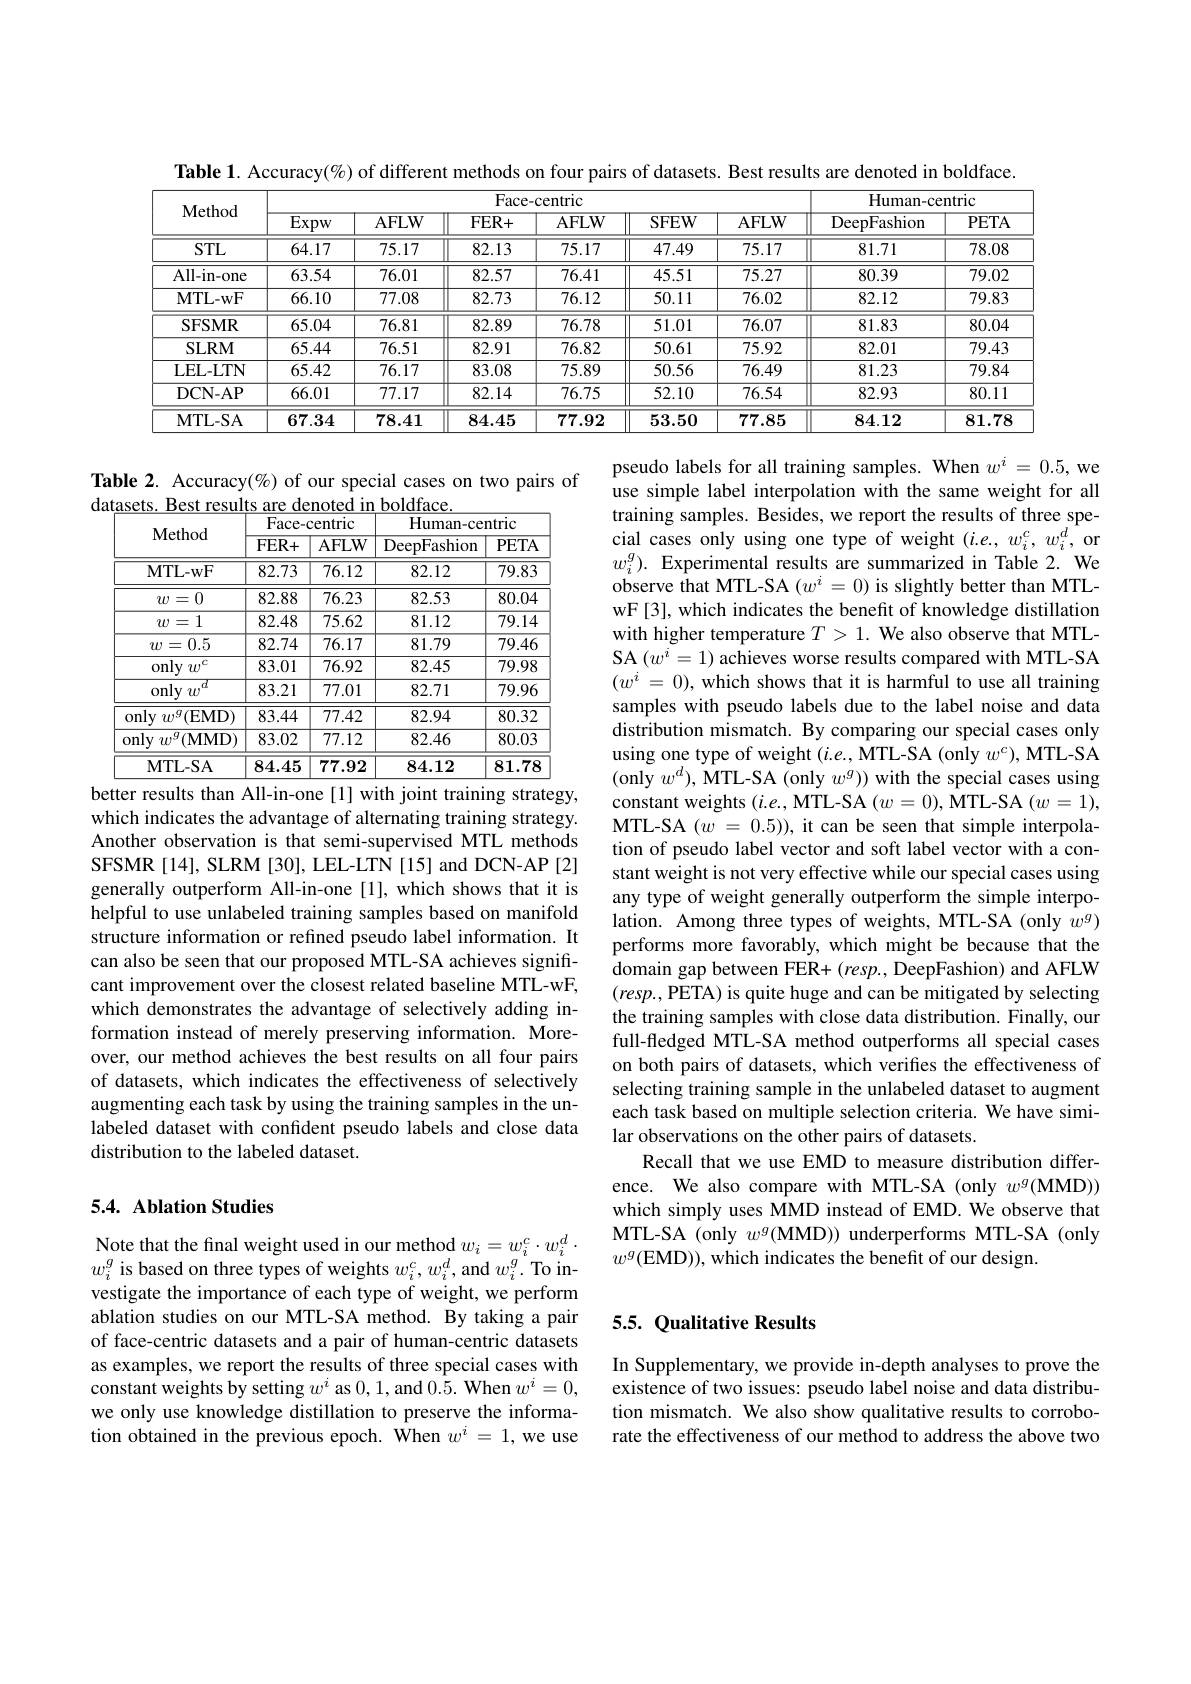
Table 1. Accuracy(%) of different methods on four pairs of datasets. Best results are denoted in boldface.
<table>
	<tbody>
		<tr>
			<th rowspan="2">$\mathbf{Method}$</th>
			<th colspan="6">Face- centric</th>
			<th colspan="2">Human-centric</th>
		</tr>
		<tr>
			<th>$\overline{\mathrm{Expw}}$</th>
			<th>AFLW</th>
			<th>$FER+$</th>
			<th>AFLW</th>
			<th>SFEW</th>
			<th>AFLW</th>
			<th>DeepFashion</th>
			<th>$PETA$</th>
		</tr>
		<tr>
			<td>STL</td>
			<td>64.17</td>
			<td>75.17</td>
			<td>82.13</td>
			<td>75.17</td>
			<td>47.49</td>
			<td>75.17</td>
			<td>81.71</td>
			<td>78.08</td>
		</tr>
		<tr>
			<td>All- in- one</td>
			<td>63.54</td>
			<td>76.01</td>
			<td>82.57</td>
			<td>76.41</td>
			<td>45.51</td>
			<td>75.27</td>
			<td>80.39</td>
			<td>79.02</td>
		</tr>
		<tr>
			<td>MTL- wF</td>
			<td>66.10</td>
			<td>77.08</td>
			<td>82.73</td>
			<td>76.12</td>
			<td>50.11</td>
			<td>76.02</td>
			<td>82.12</td>
			<td>79.83</td>
		</tr>
		<tr>
			<td>SFSMR</td>
			<td>65.04</td>
			<td>76.81</td>
			<td>82.89</td>
			<td>76.78</td>
			<td>51.01</td>
			<td>76.07</td>
			<td>81.83</td>
			<td>80.04</td>
		</tr>
		<tr>
			<td>SLRM</td>
			<td>65.44</td>
			<td>76.51</td>
			<td>82.91</td>
			<td>76.82</td>
			<td>50.61</td>
			<td>75.92</td>
			<td>82.01</td>
			<td>79.43</td>
		</tr>
		<tr>
			<td>LEL- LTN</td>
			<td>65.42</td>
			<td>76.17</td>
			<td>83.08</td>
			<td>75.89</td>
			<td>50.56</td>
			<td>76.49</td>
			<td>81.23</td>
			<td>79.84</td>
		</tr>
		<tr>
			<td>DCN- AP</td>
			<td>66.01</td>
			<td>77.17</td>
			<td>82.14</td>
			<td>76.75</td>
			<td>52.10</td>
			<td>76.54</td>
			<td>82.93</td>
			<td>80.11</td>
		</tr>
		<tr>
			<td>$\mathbf{MTL-SA}$</td>
			<td>67.34</td>
			<td>78.41</td>
			<td>84.45</td>
			<td>77.92</td>
			<td>53.50</td>
			<td>77.85</td>
			<td>84.12</td>
			<td>$81.7\varepsilon$</td>
		</tr>
	</tbody>
</table>

Table 2. Accuracy(%) of our special cases on two pairs of
<table>
	<tbody>
		<tr>
			<th rowspan="2">Method</th>
			<th colspan="2">Face-centric</th>
			<th colspan="2">Human-centric</th>
		</tr>
		<tr>
			<th>$FER+$</th>
			<th>AFLW</th>
			<th>DeepFashion</th>
			<th>PETA</th>
		</tr>
		<tr>
			<td>MTL- wF</td>
			<td>82.73</td>
			<td>76.12</td>
			<td>82.12</td>
			<td>79.83</td>
		</tr>
		<tr>
			<td>$w=0$</td>
			<td>82.88</td>
			<td>76.23</td>
			<td>82.53</td>
			<td>80.04</td>
		</tr>
		<tr>
			<td>$w=1$</td>
			<td>82.48</td>
			<td>75.62</td>
			<td>81.12</td>
			<td>79.14</td>
		</tr>
		<tr>
			<td>=0.5 $w=$</td>
			<td>82.74</td>
			<td>76.17</td>
			<td>81.79</td>
			<td>79.46</td>
		</tr>
		<tr>
			<td>only $\iota$ $w^{c}$</td>
			<td>83.01</td>
			<td>76.92</td>
			<td>82.45</td>
			<td>79.98</td>
		</tr>
		<tr>
			<td>only TATT</td>
			<td>83.21</td>
			<td>77.01</td>
			<td>82.71</td>
			<td>79.96</td>
		</tr>
		<tr>
			<td>${\mathrm{only~}}w^{g}({\mathrm{EMD}})$</td>
			<td>83.44</td>
			<td>77.42</td>
			<td>82.94</td>
			<td>80.32</td>
		</tr>
		<tr>
			<td>${\mathrm{only~}}w^{g}({\mathrm{MMD}})$</td>
			<td>83.02</td>
			<td>77.12</td>
			<td>82.46</td>
			<td>80.03</td>
		</tr>
		<tr>
			<td>$\mathbf{MTL-SA}$</td>
			<td>84.45</td>
			<td>77.92</td>
			<td>84.12</td>
			<td>81.78</td>
		</tr>
	</tbody>
</table>

better results than All-in-one [1] with joint training strategy,

pseudo labels for all training samples. When $w^i=0.5$, we use simple label interpolation with the same weight for all training samples. Besides, we report the results of three special cases only using one type of weight $(i.e.,w_{i}^{c},w_{i}^{d}$, or $w_{i}^{g}).$ Experimental results are summarized in Table 2. We observe that MTL-SA $(w^i=0)$ is slightly better than MTLwF[3], which indicates the benefit of knowledge distillation with higher temperature $T>1.$ We also observe that MTLSA $(w^i=1)$ achieves worse results compared with MTL-SA $(w^i=0)$, which shows that it is harmful to use all training samples with pseudo labels due to the label noise and data distribution mismatch. By comparing our special cases only using one type of weight $(i.e.$, MTL-SA (only $w^c)$, MTL-SA (only $w^d)$, MTL-SA (only $w^g))$ with the special cases using constant weights $(i.e.$, MTL-SA $(w=0)$, MTL-SA $(w=1)$, MTL-SA $(w=0.5))$, it can be seen that simple interpolation of pseudo label vector and soft label vector with a constant weight is not very effective while our special cases using any type of weight generally outperform the simple interpolation. Among three types of weights, MTL-SA (only $w^g)$ performs more favorably, which might be because that the domain gap between FER+ $(resp.$, DeepFashion) and AFLW $(resp.$,PETA) is quite huge and can be mitigated by selecting the training samples with close data distribution. Finally, our full-fledged MTL-SA method outperforms all special cases on both pairs of datasets, which verifies the effectiveness of selecting training sample in the unlabeled dataset to augment each task based on multiple selection criteria. We have similar observations on the other pairs of datasets.
Recall that we use EMD to measure distribution difference. We also compare with MTL-SA (only $w^g(\mathbf{MMD}))$ which simply uses MMD instead of EMD. We observe that MTL-SA (only $w^g($MMD)) underperforms MTL-SA (only $w^g($EMD)), which indicates the benefit of our design.

which indicates the advantage of alternating training strategy. Another observation is that semi-supervised MTL methods SFSMR [14], SLRM [30], LEL-LTN [15] and DCN-AP [2] generally outperform All-in-one[1], which shows that it is helpful to use unlabeled training samples based on manifold structure information or refined pseudo label information. It can also be seen that our proposed MTL-SA achieves signifrcant improvement over the closest related baseline MTL-wF, which demonstrates the advantage of selectively adding information instead of merely preserving information. Moreover, our method achieves the best results on all four pairs of datasets, which indicates the effectiveness of selectively augmenting each task by using the training samples in the unlabeled dataset with confident pseudo labels and close data distribution to the labeled dataset.

## 5.4. Ablation Studies

## 5.5. Qualitative Results

Note that the final weight used in our method $w_i=w_i^c\cdot w_i^d\cdot$ $w_{i}^{g}$ is based on three types of weights $w_i^c,w_i^d$,and $w_i^g.$ To investigate the importance of each type of weight, we perform ablation studies on our MTL-SA method. By taking a pair of face-centric datasets and a pair of human-centric datasets as examples, we report the results of three special cases with $\hat{\text{constant weights by setting }w^i}$ as 0,1,and $\hat {0. 5}. \textbf{ When }w^i= 0$, we only use knowledge distillation to preserve the information obtained in the previous epoch. When $w^i=1$, we use

In Supplementary, we provide in-depth analyses to prove the existence of two issues: pseudo label noise and data distribution mismatch. We also show qualitative results to corroborate the effectiveness of our method to address the above two